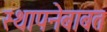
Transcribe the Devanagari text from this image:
स्थापनेबाबत